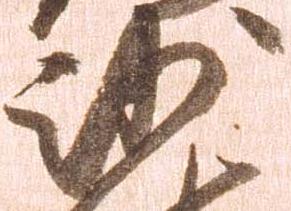
沙